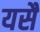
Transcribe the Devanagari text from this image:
यसै